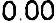
0.00